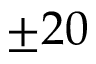
\pm 2 0